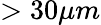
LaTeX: >30\mu m